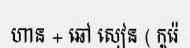
ហាន + ឆៅ សៀន ( កូរ៉េ